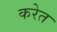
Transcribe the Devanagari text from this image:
करेत